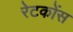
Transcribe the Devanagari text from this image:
रेटकोंस